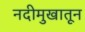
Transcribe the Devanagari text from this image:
नदीमुखातून